Scottish Leaving Certificate Examination, 1960
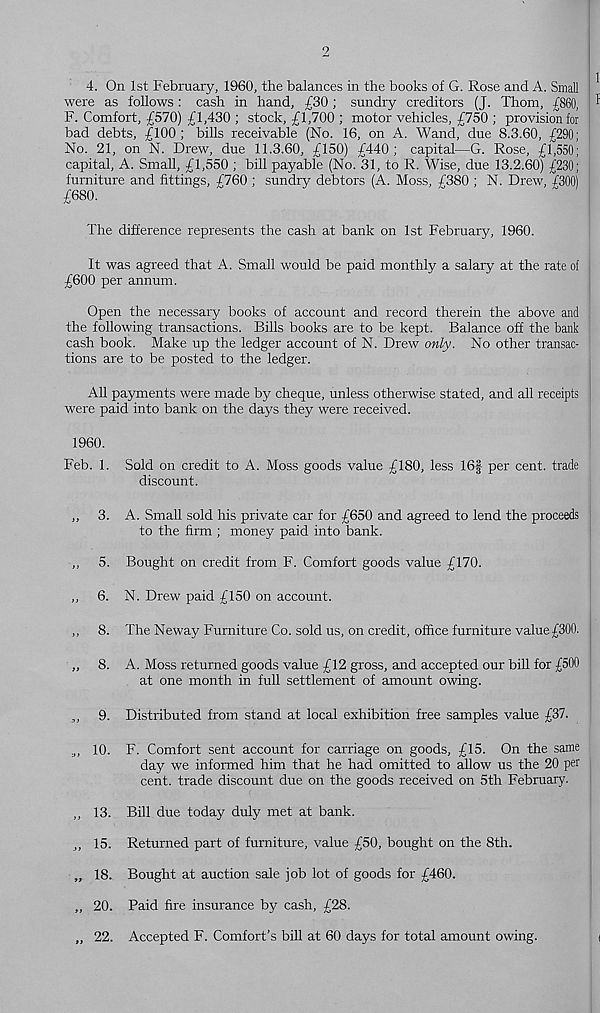
2
4. On 1st February, 1960, the balances in the books of G. Rose and A. Small
were as follows: cash in hand, £30; sundry creditors (J. Thom, £860,
F. Comfort, £570) £1,430 ; stock, £1,700 ; motor vehicles, £750 ; provision for
bad debts, £100 ; bills receivable (No. 16, on A. Wand, due 8.3.60, £290;
No. 21, on N. Drew, due 11.3.60, £150) £440; capital—G. Rose, £1,550;
capital, A. Small, £1,550 ; bill payable (No. 31, to R. Wise, due 13.2.60) £230;
furniture and fittings, £760 ; sundry debtors (A. Moss, /380 ; N. Drew, /300)
£680.
The difference represents the cash at bank on 1st February, 1960.
It was agreed that A. Small would be paid monthly a salary at the rate of
£600 per annum.
Open the necessary books of account and record therein the above and
the following transactions. Bills books are to be kept. Balance off the bank
cash book. Make up the ledger account of N. Drew only. No other transac-
tions are to be posted to the ledger.
All payments were made by cheque, unless otherwise stated, and all receipts
were paid into bank on the days they were received.
1960.
Feb. 1. Sold on credit to A. Moss goods value £180, less 16§ per cent, trade
discount.
,, 3. A. Small sold his private car for £650 and agreed to lend the proceeds
to the firm ; money paid into bank.
,, 5. Bought on credit from F. Comfort goods value £170.
,, 6. N. Drew paid £150 on account.
,, 8. The Neway Furniture Co. sold us, on credit, office furniture value£300.
,, 8. A. Moss returned goods value £12 gross, and accepted our bill for £500
at one month in full settlement of amount owing.
,, 9. Distributed from stand at local exhibition free samples value £37.
„, 10. F. Comfort sent account for carriage on goods, £15. On the same
day we informed him that he had omitted to allow us the 20 per
cent, trade discount due on the goods received on 5th February.
,, 13. Bill due today duly met at bank.
,, 15. Returned part of furniture, value £50, bought on the 8th.
„ 18. Bought at auction sale job lot of goods for £460.
,, 20. Paid fire insurance by cash, £28.
„ 22. Accepted F. Comfort’s bill at 60 days for total amount owing.